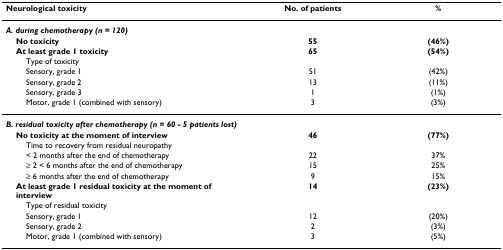
<table><thead><tr><td><b>Neurological toxicity</b></td><td><b>No. of patients</b></td><td><b>%</b></td></tr></thead><tbody><tr><td><b><i>A. during chemotherapy (n = 120)</i></b></td><td></td><td></td></tr><tr><td> <b>No toxicity</b></td><td><b>55</b></td><td><b>(46%)</b></td></tr><tr><td> <b>At least grade 1 toxicity</b></td><td><b>65</b></td><td><b>(54%)</b></td></tr><tr><td>Type of toxicity</td><td></td><td></td></tr><tr><td>Sensory, grade 1</td><td>51</td><td>(42%)</td></tr><tr><td>Sensory, grade 2</td><td>13</td><td>(11%)</td></tr><tr><td>Sensory, grade 3</td><td>1</td><td>(1%)</td></tr><tr><td>Motor, grade 1 (combined with sensory)</td><td>3</td><td>(3%)</td></tr><tr><td><b><i>B. residual toxicity after chemotherapy (n = 60 - 5 patients lost)</i></b></td><td></td><td></td></tr><tr><td> <b>No toxicity at the moment of interview</b></td><td><b>46</b></td><td><b>(77%)</b></td></tr><tr><td>Time to recovery from residual neuropathy</td><td></td><td></td></tr><tr><td>&lt; 2 months after the end of chemotherapy</td><td>22</td><td>37%</td></tr><tr><td>≥ 2 &lt; 6 months after the end of chemotherapy</td><td>15</td><td>25%</td></tr><tr><td>≥ 6 months after the end of chemotherapy</td><td>9</td><td>15%</td></tr><tr><td> <b>At least grade 1 residual toxicity at the moment of interview</b></td><td><b>14</b></td><td><b>(23%)</b></td></tr><tr><td>Type of residual toxicity</td><td></td><td></td></tr><tr><td>Sensory, grade 1</td><td>12</td><td>(20%)</td></tr><tr><td>Sensory, grade 2</td><td>2</td><td>(3%)</td></tr><tr><td>Motor, grade 1 (combined with sensory)</td><td>3</td><td>(5%)</td></tr></tbody></table>